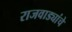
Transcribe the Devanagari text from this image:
राजवाड्यांचे